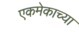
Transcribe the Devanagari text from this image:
एकमेकाच्या